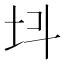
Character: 𡉜